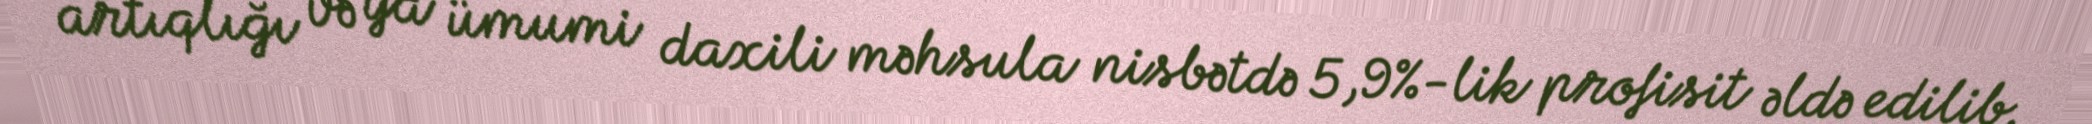
artıqlığı və ya ümumi daxili məhsula nisbətdə 5,9%-lik profisit əldə edilib.